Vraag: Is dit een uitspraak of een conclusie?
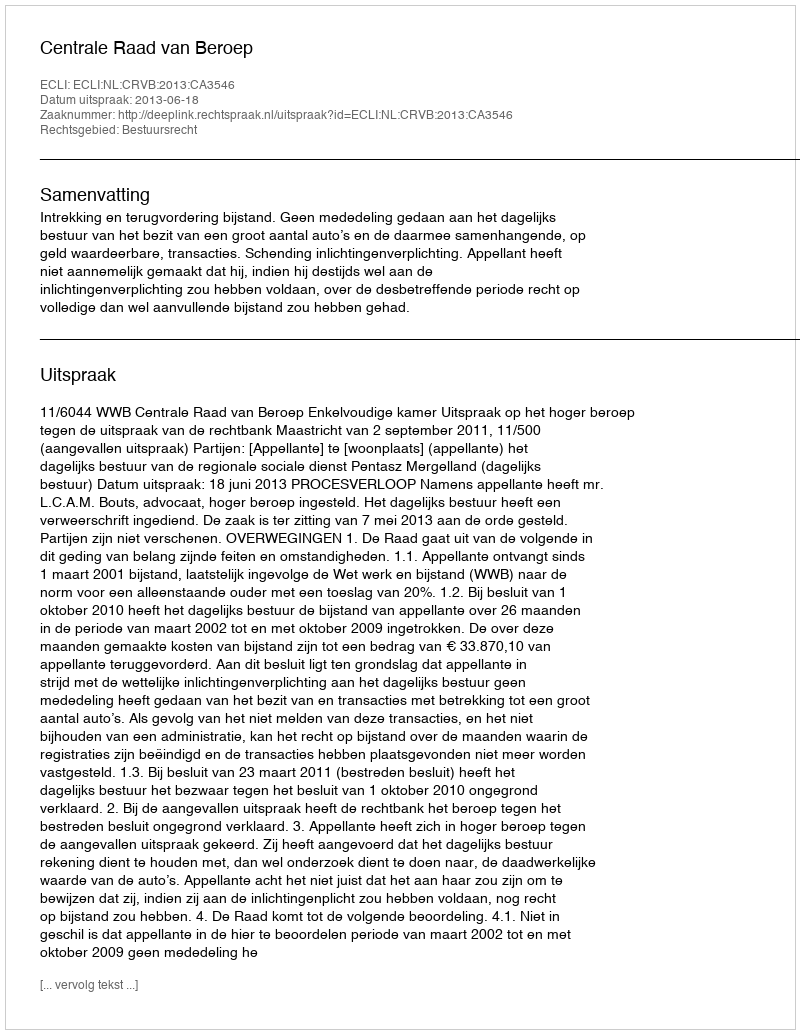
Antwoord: Uitspraak